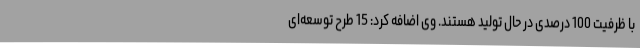
با ظرفیت 100 درصدی در حال تولید هستند. وی اضافه کرد: 15 طرح توسعه‌ای